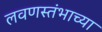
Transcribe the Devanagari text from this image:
लवणस्तंभाच्या